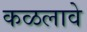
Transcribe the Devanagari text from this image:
कळलावे